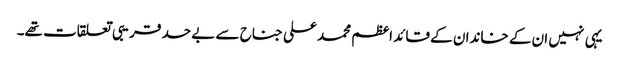
یہی نہیں ان کے خاندان کے قائد اعظم محمد علی جناح سے بے حد قریبی تعلقات تھے۔